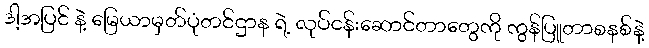
ဒါ့အပြင် နဲ့ မြေယာမှတ်ပုံတင်ဌာန ရဲ့ လုပ်ငန်းဆောင်တာတွေကို ကွန်ပြူတာစနစ်နဲ့